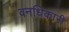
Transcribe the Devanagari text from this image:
वनधिकारी